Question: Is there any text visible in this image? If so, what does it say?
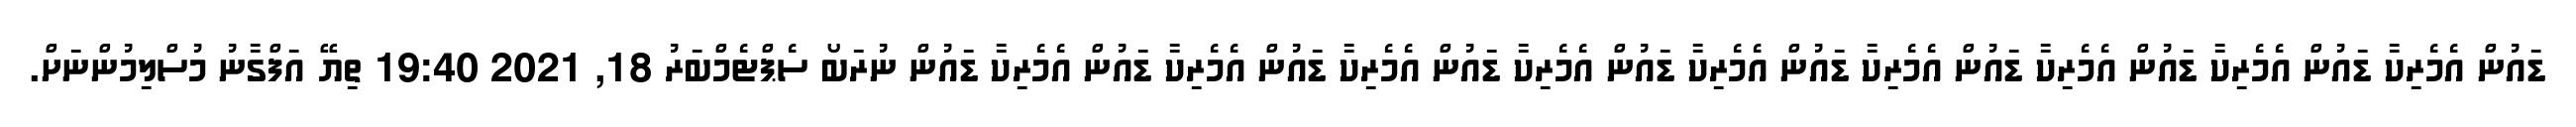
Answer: ޑައުން އެމެރިކާ ޑައުން އެމެރިކާ ޑައުން އެމެރިކާ ޑައުން އެމެރިކާ ޑައުން އެމެރިކާ ޑައުން އެމެރިކާ ޑައުން އެމެރިކާ ޑައުން އެމެރިކާ ޑައުން އެމެރިކާ ޑައުން ނުރަބޯ ސެޕްޓެމްބަރު 18, 2021 19:40 ތިޔޭ އަފްގާނު މުސްލިމުންނަށް.